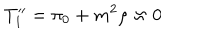
T _ { 1 } ^ { \prime \prime } = \pi _ { 0 } + m ^ { 2 } \rho \approx 0